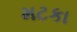
મટકા